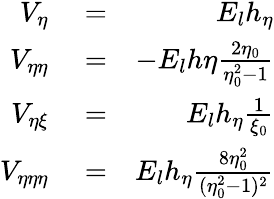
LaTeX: \begin{array}{rlr}{V_{\eta}}&{{}=}&{E_{l}h_{\eta}}\\ {V_{\eta\eta}}&{{}=}&{-E_{l}h\eta\frac{2\eta_{0}}{\eta_{0}^{2}-1}}\\ {V_{\eta\xi}}&{{}=}&{E_{l}h_{\eta}\frac{1}{\xi_{0}}}\\ {V_{\eta\eta\eta}}&{{}=}&{E_{l}h_{\eta}\frac{8\eta_{0}^{2}}{(\eta_{0}^{2}-1)^{2}}}\end{array}